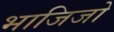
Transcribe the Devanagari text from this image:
भाजिजो